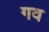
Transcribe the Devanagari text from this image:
गव